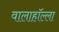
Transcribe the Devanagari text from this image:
वालाहाॅल्ला